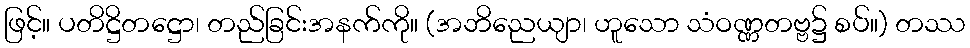
ဖြင့်။ ပတိဋ္ဌိတဋ္ဌော၊ တည်ခြင်းအနက်ကို။ (အဘိညေယျာ၊ ဟူသော သံဝဏ္ဏတဗ္ဗ၌ စပ်။) တဿ